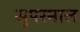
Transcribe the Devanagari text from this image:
सुपरमाल